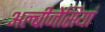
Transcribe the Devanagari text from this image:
अल्बीजेंसियां